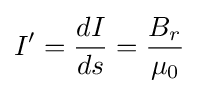
I'={\frac {dI}{ds}}={\frac {B_{r}}{\mu _{0}}}